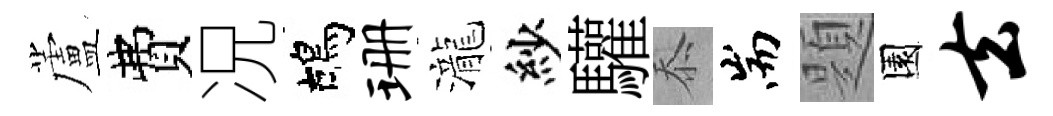
蘆費况鴣珊瀧紗驩忝耑題園去